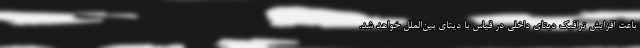
باعث افزایش ترافیک دیتای داخلی در قیاس با دیتای بین‌الملل خواهد شد.